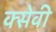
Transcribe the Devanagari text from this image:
क्सेवी